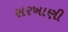
સરખાણી